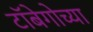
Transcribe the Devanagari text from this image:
टॉबेगोच्या